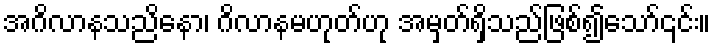
အဂိလာနသညိနော၊ ဂိလာနမဟုတ်ဟု အမှတ်ရှိသည်ဖြစ်၍သော်၎င်း။